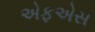
એફએસ